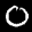
Label: 0